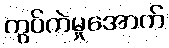
ကွပ်ကဲမှုအောက်